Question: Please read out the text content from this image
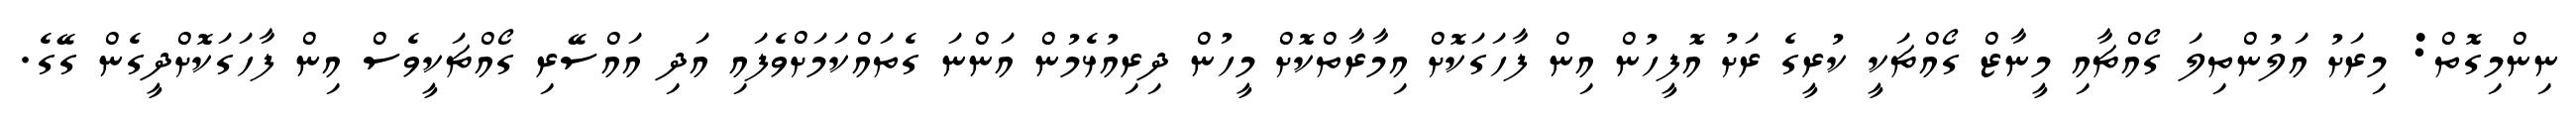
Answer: ނިންމިގޮތް: މިރަށު އަލުންތިލަ ގޯއްޗާއި މީނާޒް ގޯއްޗަކީ ކުރީގެ ރަށު އޮފީހުން އިން ފާހަގަކޮށް އިމާރާތްކޮށް މީހުން ދިރިއުޅެމުން އަންނަ ގެތައްކަމަށްވެފައި އަދި އައްސޭރި ގޯއްޗަކީވެސް އިން ފާހަގަކޮށްދީގެން ގޭގެ.